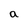
Character: a